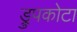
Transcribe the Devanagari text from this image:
ड्रुपकोटा